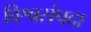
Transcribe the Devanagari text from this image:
विश्वसंपदा